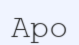
Аро